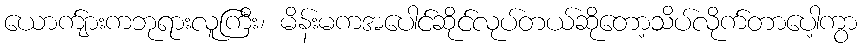
ယောက်ျားကဘုရားလူကြီး၊ မိန်းမကအပေါင်ဆိုင်လုပ်တယ်ဆိုတော့သိပ်လိုက်တာပေါ့ကွာ